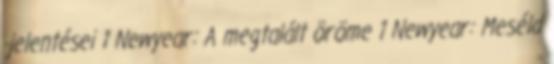
-jelentései 1 Newyear: A megtalált öröme 1 Newyear: Meséld